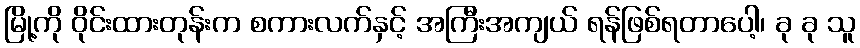
မြို့ကို ဝိုင်းထားတုန်းက စကားလက်နှင့် အကြီးအကျယ် ရန်ဖြစ်ရတာပေါ့၊ ခု ခု သူ